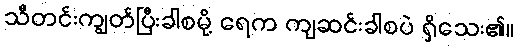
သီတင်းကျွတ်ပြီးခါစမို့ ရေက ကျဆင်းခါစပဲ ရှိသေး၏။